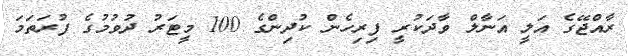
ރާއްޖޭގެ އަލީ އަނާލް ވާދަކުރީ ފިރިހެން ކުދިންގެ 100 މީޓަރު ދުވުމުގެ ފުރަތަމަ